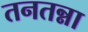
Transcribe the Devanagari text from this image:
तनतन्ना